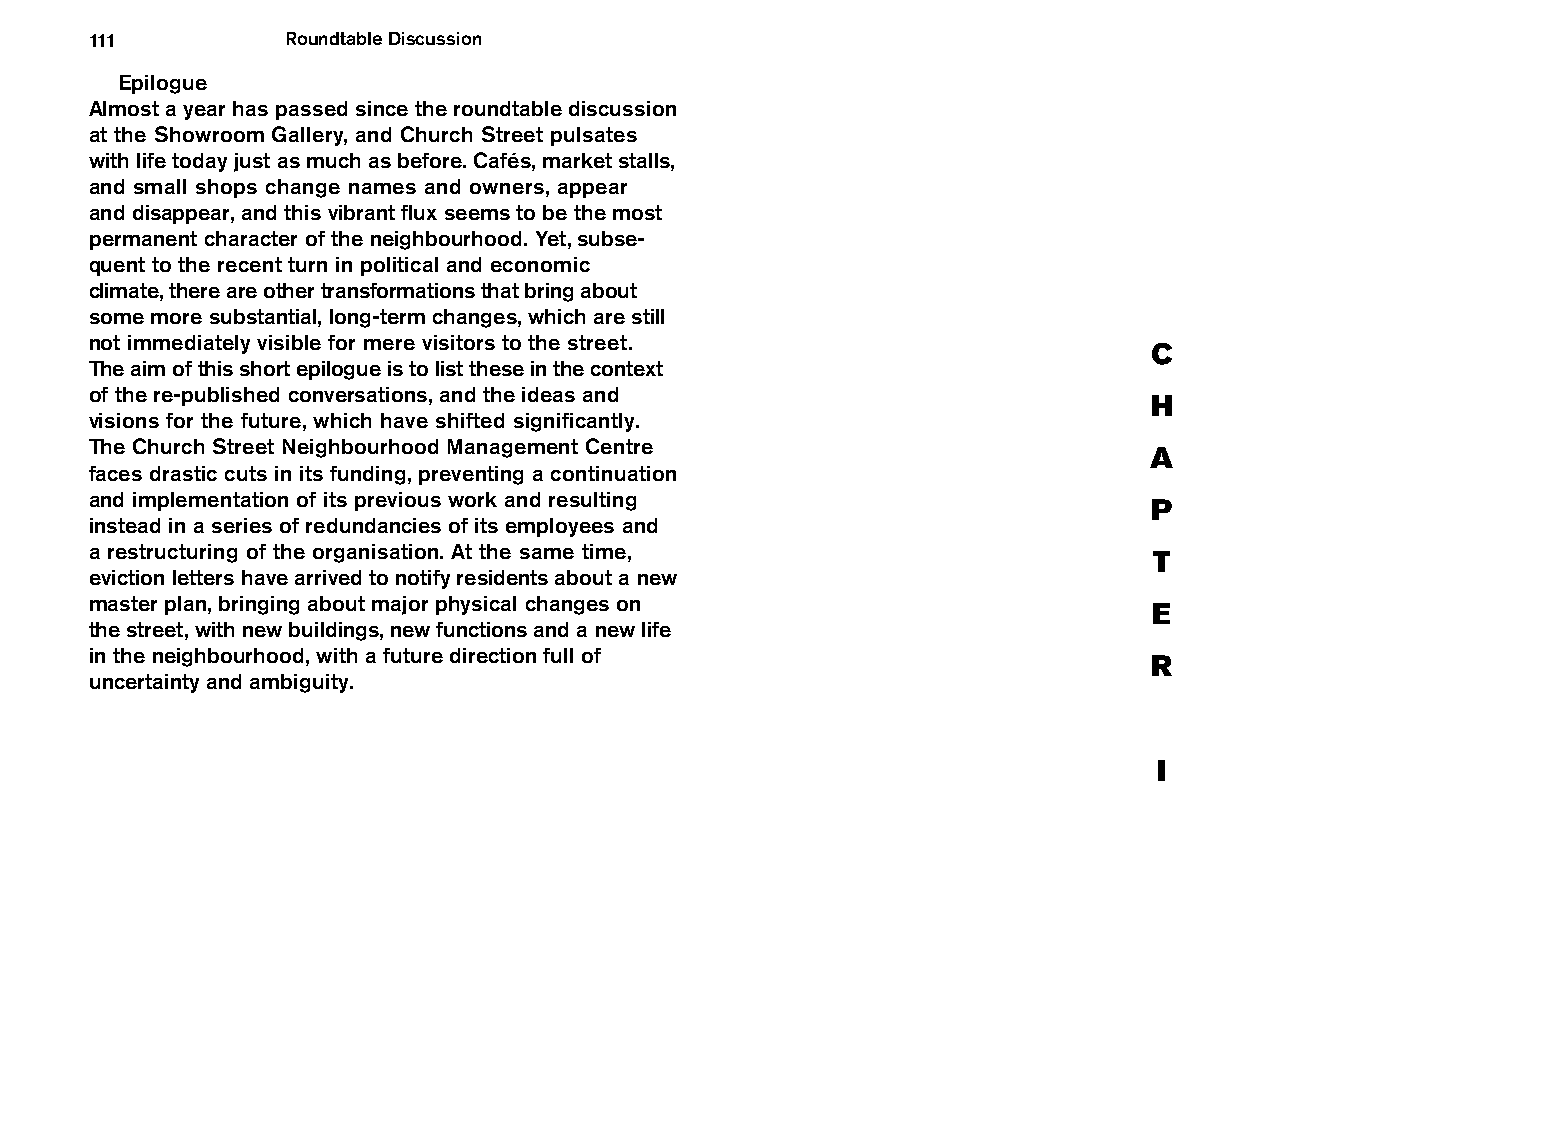
111          Roundtable Discussion
 Epilogue
 Almost a year has passed since the roundtable discussion
 at the Showroom Gallery, and Church Street pulsates
 with life today just as much as before. Cafés, market stalls,
 and small shops change names and owners, appear
 and disappear, and this vibrant flux seems to be the most
 permanent character of the neighbourhood. Yet, subse-
 quent to the recent turn in political and economic
 climate, there are other transformations that bring about
 some more substantial, long-term changes, which are still
 not immediately visible for mere visitors to the street.
 C
 The aim of this short epilogue is to list these in the context
 of the re-published conversations, and the ideas and
 H
 visions for the future, which have shifted significantly.
 The Church Street Neighbourhood Management Centre
 A
 faces drastic cuts in its funding, preventing a continuation
 and implementation of its previous work and resulting
 P
 instead in a series of redundancies of its employees and
 a restructuring of the organisation. At the same time,
 T
 eviction letters have arrived to notify residents about a new
 master plan, bringing about major physical changes on
 E
 the street, with new buildings, new functions and a new life
 in the neighbourhood, with a future direction full of
 R
 uncertainty and ambiguity.
 I